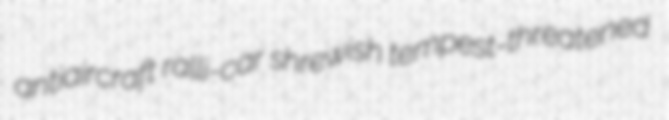
antiaircraft ralli-car shrewish tempest-threatened